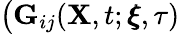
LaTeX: \big(\mathbf{G}_{ij}(\mathbf{X},t;\pmb{\xi},\tau)